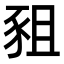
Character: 豠